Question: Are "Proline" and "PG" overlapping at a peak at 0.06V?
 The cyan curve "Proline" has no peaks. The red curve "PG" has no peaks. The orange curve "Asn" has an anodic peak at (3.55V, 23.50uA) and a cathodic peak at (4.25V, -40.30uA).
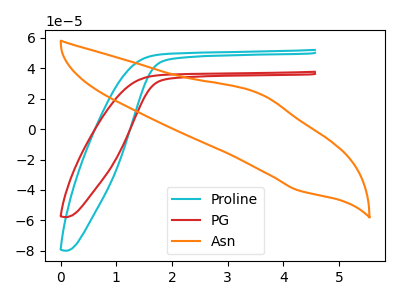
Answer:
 <answer>No, "Proline" and "PG" dont share a peak at 0.06V.</answer>
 <eval>mismatch</eval>